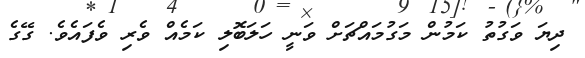
ދިޔަ ވަގުތު ކަމުން މަގުމައްޗަށް ވަނީ ހަލަބޮލި ކަމެއް ވެރި ވެފައެވެ. ގޭގެ